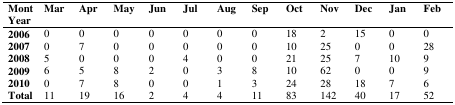
| Mont Year | Mar | Apr | May | Jun | Jul | Aug | Sep | Oct | Nov | Dec | Jan | Feb |
 | --- | --- | --- | --- | --- | --- | --- | --- | --- | --- | --- | --- | --- |
 | 2006 | 0 | 0 | 0 | 0 | 0 | 0 | 0 | 18 | 2 | 15 | 0 | 0 |
 | 2007 | 0 | 7 | 0 | 0 | 0 | 0 | 0 | 10 | 25 | 0 | 0 | 28 |
 | 2008 | 5 | 0 | 0 | 0 | 4 | 0 | 0 | 21 | 25 | 7 | 10 | 9 |
 | 2009 | 6 | 5 | 8 | 2 | 0 | 3 | 8 | 10 | 62 | 0 | 0 | 9 |
 | 2010 | 0 | 7 | 8 | 0 | 0 | 1 | 3 | 24 | 28 | 18 | 7 | 6 |
 | Total | 11 | 19 | 16 | 2 | 4 | 4 | 11 | 83 | 142 | 40 | 17 | 52 |